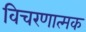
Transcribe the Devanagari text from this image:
विचरणात्मक